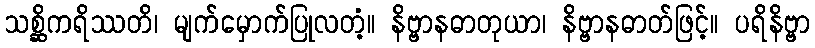
သစ္ဆိကရိဿတိ၊ မျက်မှောက်ပြုလတံ့။ နိဗ္ဗာနဓာတုယာ၊ နိဗ္ဗာနဓာတ်ဖြင့်။ ပရိနိဗ္ဗာ